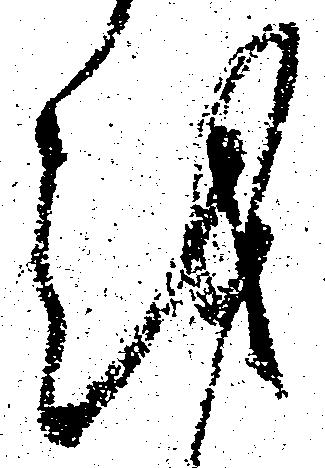
越